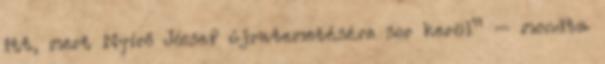
itt, mert Nyírő József újratemetésére sor kerül” – mondta